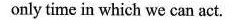
One can only powerfully affect the future by acting powerfully NOW. NOW is the